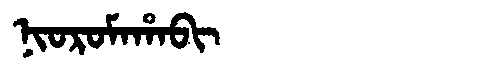
Manchu: ᠨᡳᠣᡵᠣᠮᠠᡥᠠᠪᡳ
Romanization: NIOROMAHABI